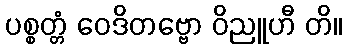
ပစ္စတ္တံ ဝေဒိတဗ္ဗော ဝိညူဟီ တိ။